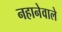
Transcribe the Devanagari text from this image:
नहानेवाले